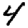
Digit: 4